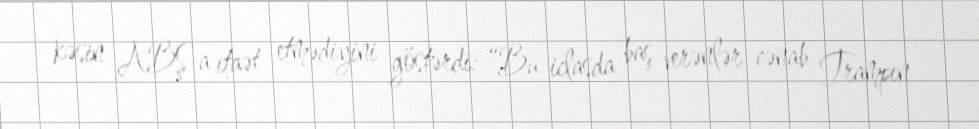
kəsin ABŞ-a itaət etmədiyini göstərdi: “Bu iclasda baş verənlər cənab Trampın